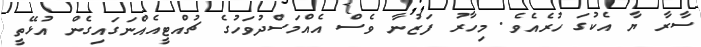
ސާރާ ޔާ އެކުގަ ހުރެއެވެ. މިހާރު ފަޒުނާ ވެސް އެއްމަސްދުވަހުގެ ޗުއްޓީއެއްނަގައިގެން އުޅޭތީ